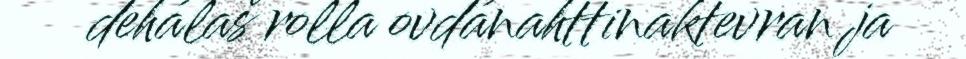
dehálaš rolla ovdánahttinaktevran ja